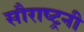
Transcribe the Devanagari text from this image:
सौराष्ट्रनी